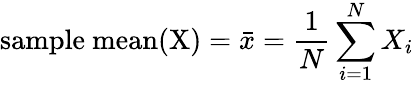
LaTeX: {\mathrm{sample~mean(X)}}={\bar{x}}={\frac{1}{N}}\sum_{i=1}^{N}X_{i}